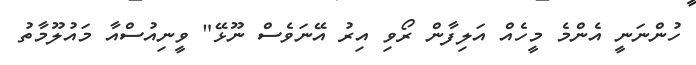
ހުންނަނީ އެންމެ މީހެއް އަލިފާން ރޯވި އިރު އޭނަވެސް ނޫޅޭ" ވީނިއުސްއާ މައުލޫމާތު